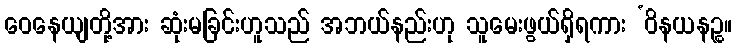
ဝေနေယျတို့အား ဆုံးမခြင်းဟူသည် အဘယ်နည်းဟု သူမေးဖွယ်ရှိရကား ‘ဝိနယနဉ္စ။